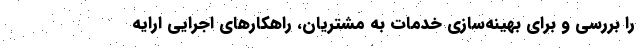
را بررسی و برای بهینه‌سازی خدمات به مشتریان، راهکارهای اجرایی ارایه